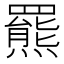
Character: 羆